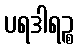
ပရဒါရဉ္စ